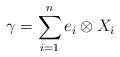
LaTeX: \begin{align*}\gamma = \sum_{i=1}^n e_i \otimes X_i\end{align*}